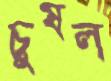
চুষল